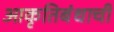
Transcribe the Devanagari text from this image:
आकृतिबंधाची